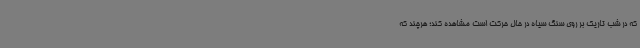
که در شب تاریک بر روی سنگ سیاه در حال حرکت است مشاهده کند؛ هرچند که